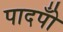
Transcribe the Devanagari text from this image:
पादपोँ